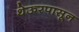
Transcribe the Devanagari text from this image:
थेऊरपासून